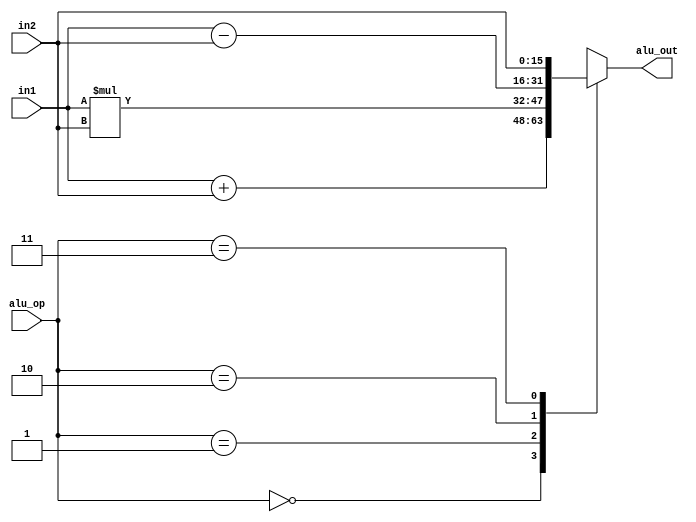
module ALU (
input [15:0] in1,
input [15:0] in2,
input [1:0] alu_op,
output reg [15:0] alu_out
);

always @(*) 
begin
    case (alu_op)
    2'd0: alu_out <= in1+in2;
    2'd1: alu_out <= in1*in2;
    2'd2: alu_out <= in1-in2;
    2'd3: alu_out <= in2;
    endcase 
end
    
endmodule